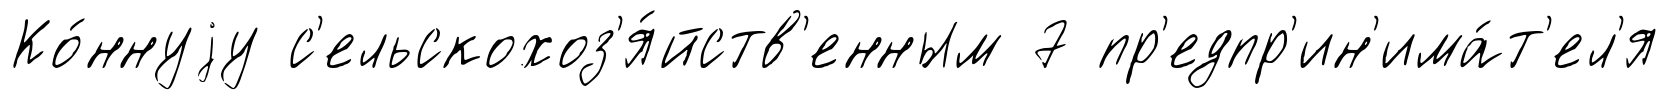
Ко́ннуjу с'ельскохоз'я́йств'енным 7 пр'едпр'ин'има́т'ел'я